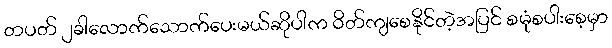
တပတ် ၂ခါလောက်သောက်ပေးမယ်ဆိုပါက ဝိတ်ကျစေနိုင်တဲ့အပြင် စမုံစပါးစေ့မှာ